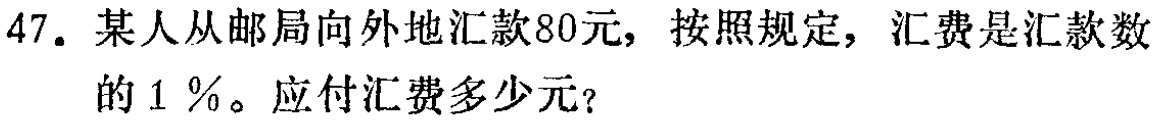
47. 某人从邮局向外地汇款80元，按照规定，汇费是汇款数的1％。应付汇费多少元？